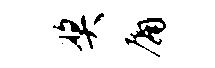
奖庸